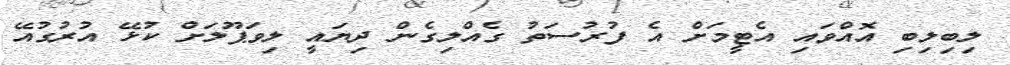
ލިބިލިބި އޮއްވައި އެޓީމަށް އެ ފުރުސަތު ގެއްލިގެން ދިޔައީ ލިވަޕޫލަށް ކުޅޭ އުރުގުއޭ